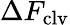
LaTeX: \Delta F_{\mathrm{clv}}